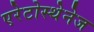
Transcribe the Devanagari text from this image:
एरेटोस्थेनेज